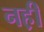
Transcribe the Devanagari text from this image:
नह़ी